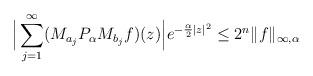
LaTeX: \begin{align*}\Big | \sum_{j=1}^\infty (M_{a_j} P_\alpha M_{b_j} f)(z) \Big |e^{-\frac{\alpha}{2}|z|^2} \leq 2^n \| f\|_{\infty,\alpha}\end{align*}